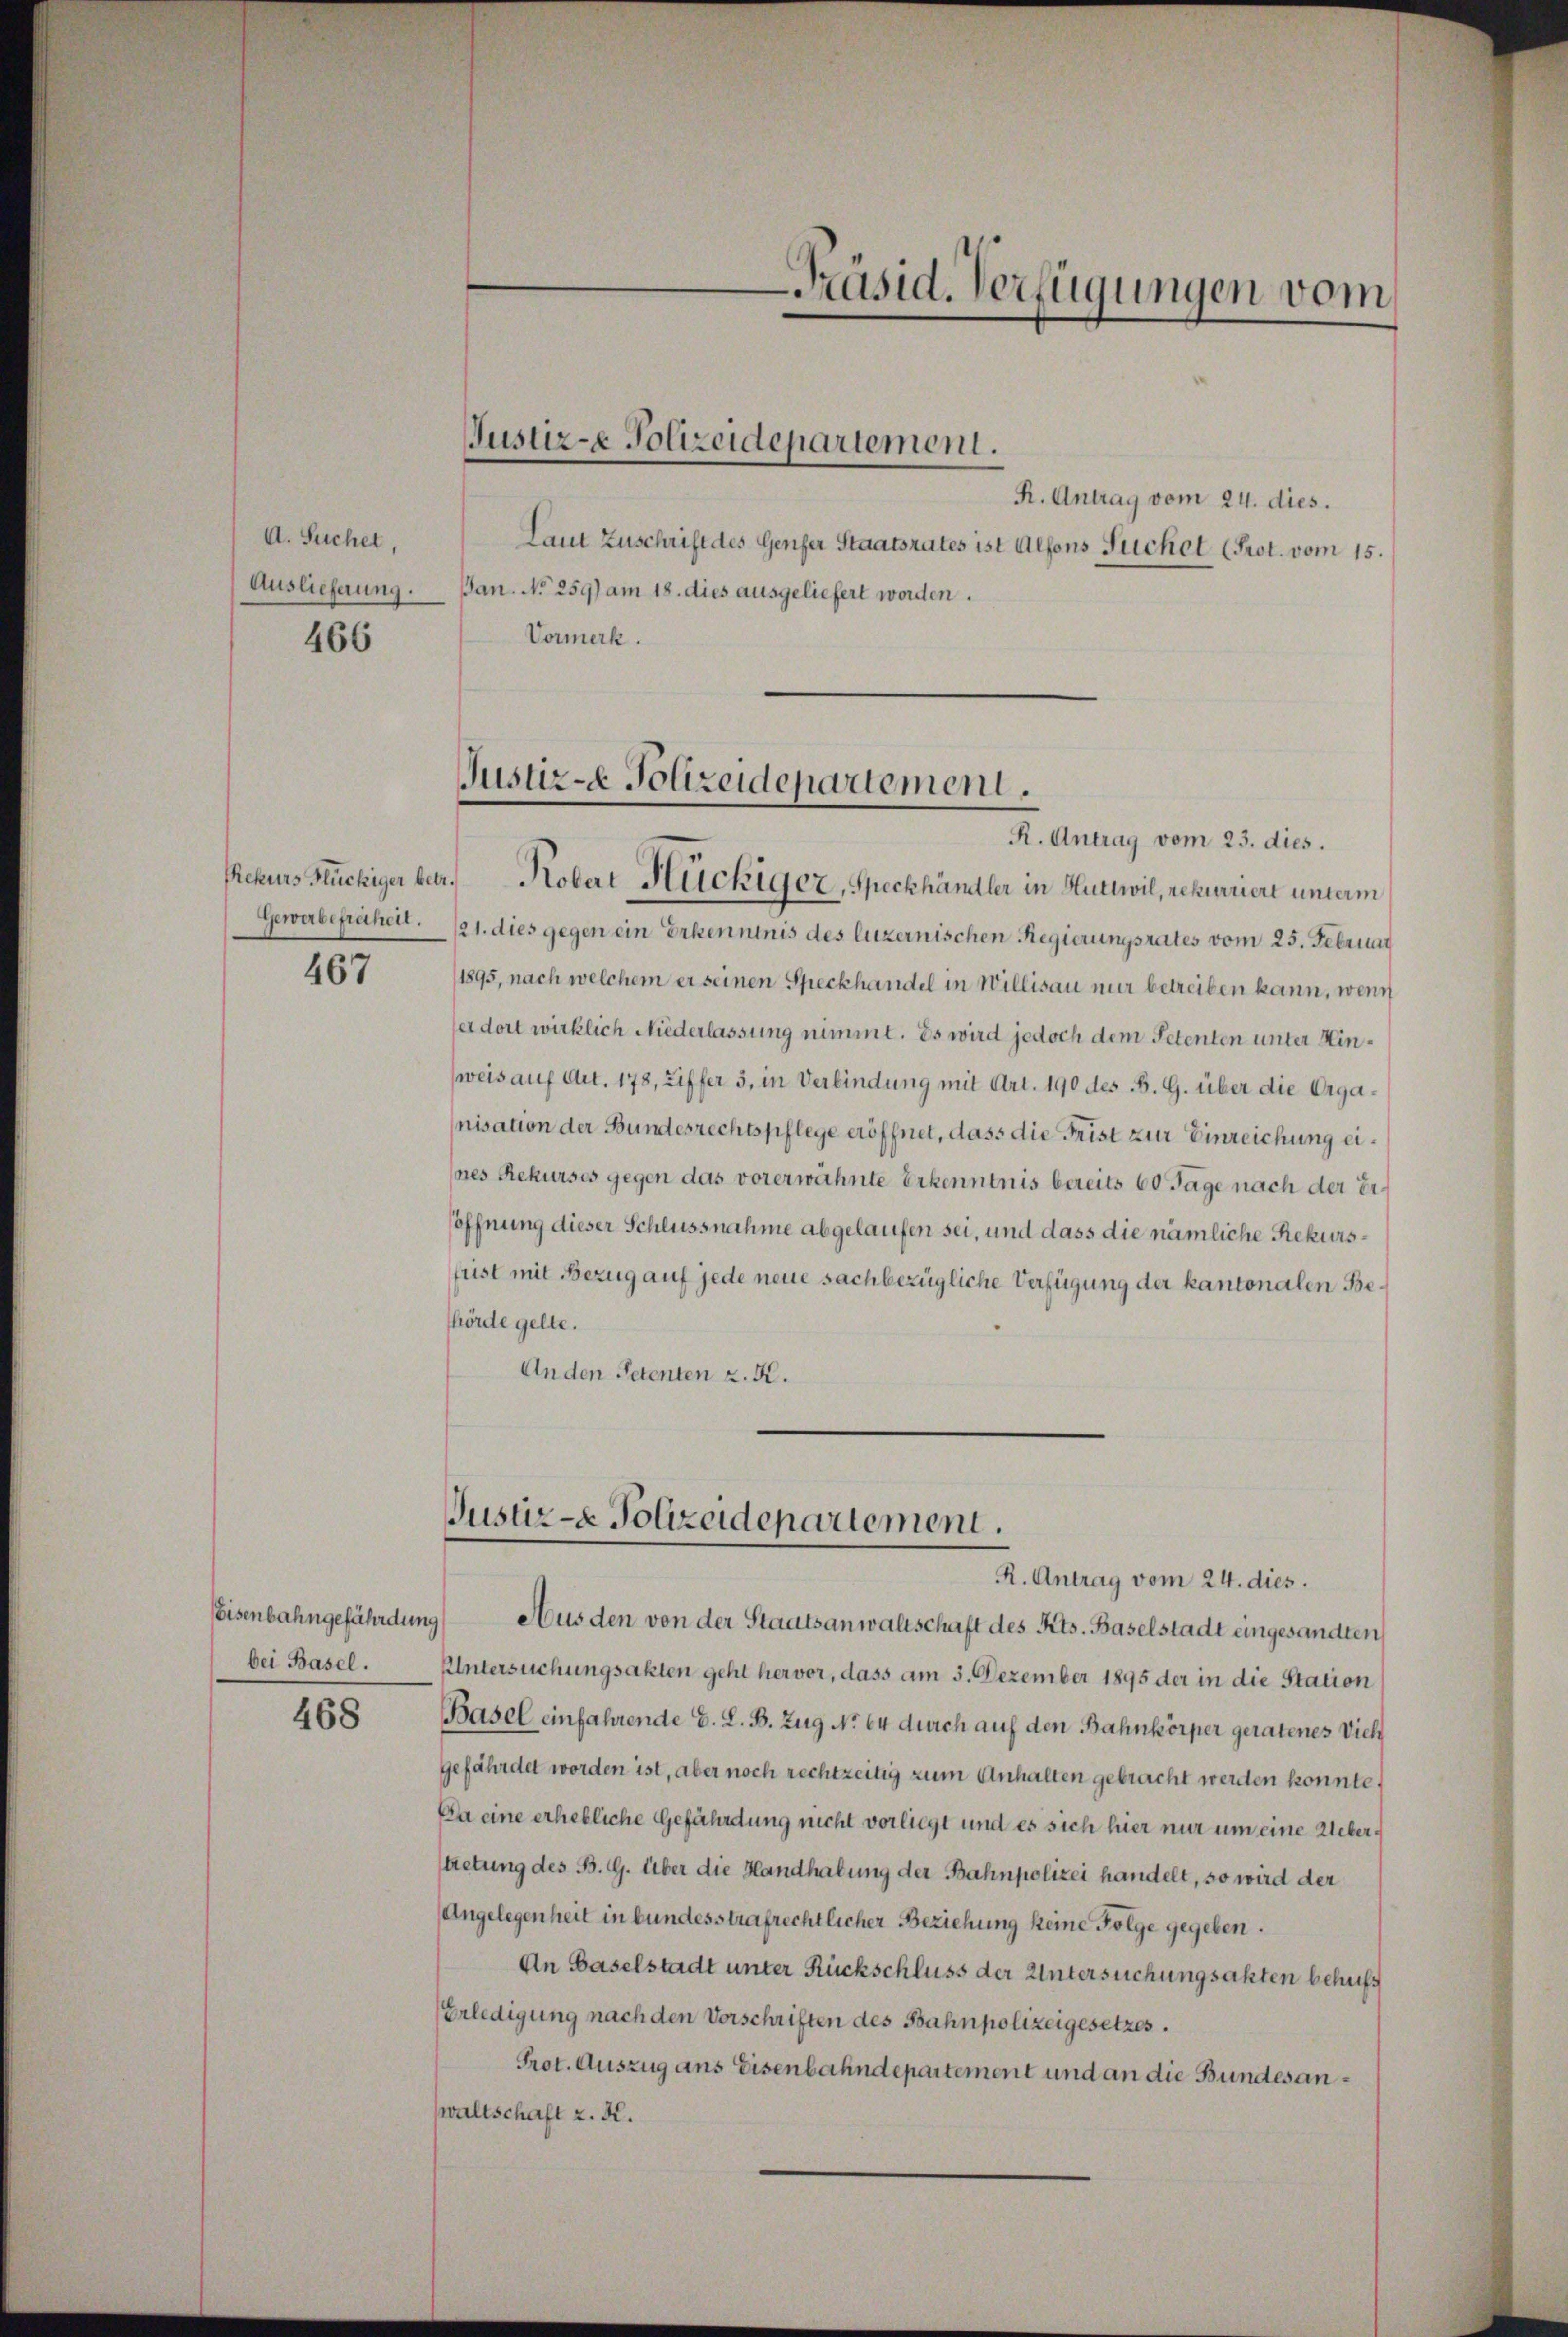
A. Suchet,
Auslieferung.
466

Gewerbefreiheit.

467

bei Basel.

468

R. Antrag vom 24. dies.
Laut Zuschrift des Genfer Staatsrates ist Alfons Tuchel (Prot. vom 15.
Jan. No 259) am 18. dies ausgeliefert worden.
Vormerk.

Justiz-e Polizeidepartement.

Justiz- Polizeidepartement.
Rekurs Stückiger betr. Kobert Hückiger, Speckhändler in Huttwil, rekurriert unterm

Justiz- & Polizeidepartement.
R. Antrag vom 24. dies.

Präsid. Verfügungen vom

R. Antrag vom 23. dies.
/21. dies gegen ein Erkenntnis des luzernischen Regierungsrates vom 25. Februar
1895, nach welchem er seinen Speckhandel in Willisau nur betreiben kann, wenn
ser dort wirklich Niederlassung nimmt. Es wird jedoch dem Petenten unter Hinweis auf Art. 178, Ziffer 3, in Verbindung mit Art. 190 des B. G. über die Organisation der Bundesrechtspflege eröffnet, dass die Frist zur Einreichung eines Rekurses gegen das vorerwähnte Erkenntnis bereits 60 Tage nach der Ersöffnung dieser Schlussnahme abgelaufen sei, und dass die nämliche Rekursfust mit Bezug auf jede neue sachbezügliche Verfügung der kantonalen Behörde gelte.
Anden Petenten z. K.

Eisenbahngefährdung) Aus den von der Staatsanwaltschaft des Kts. Baselstadt eingesandten
Untersuchungsakten geht hervor, dass am 3. Dezember 1895 der in die Station
Basel einfahrende E. L. B. Zug No 64 durch auf den Bahnkörper geratenes Viel
gefährdet worden ist, aber noch rechtzeitig zum Anhalten gebracht werden konnte.
Da eine erhebliche Gefährdung nicht vorliegt und es sich hier nur um eine Uebertretung des B. G. über die Handhabung der Bahnpolizei handelt, so wird der
Angelegenheit in bundesstrafrechtlicher Beziehung keine Folge gegeben.
An Baselstadt unter Rückschluss der Untersuchungsakten behufs
Erledigung nach den Vorschriften des Bahnpolizeigesetzes.
Prot. Auszug ans Eisenbahndepartement und an die Bundes anwaltschaft z. K.